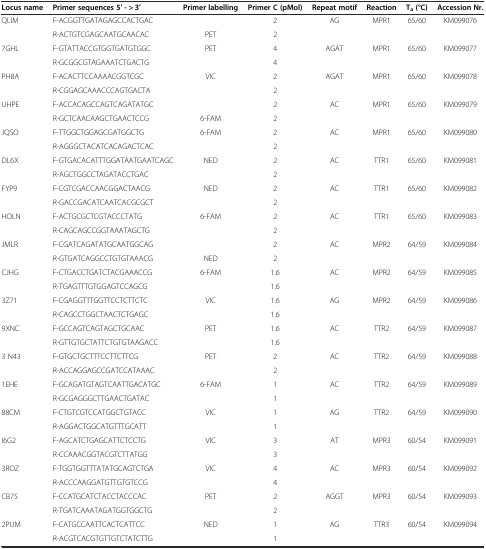
<table><thead><tr><td><b>Locus name</b></td><td><b>Primer sequences 5′ - &gt; 3′</b></td><td><b>Primer labelling</b></td><td><b>Primer C (pMol)</b></td><td><b>Repeat motif</b></td><td><b>Reaction</b></td><td><b>T<sub>a</sub>(°C)</b></td><td><b>Accession Nr.</b></td></tr></thead><tbody><tr><td>QLIM</td><td>F-ACGGTTGATAGAGCCACTGAC</td><td></td><td>2</td><td>AG</td><td>MPR1</td><td>65/60</td><td>KM099076</td></tr><tr><td></td><td>R-ACTGTCGAGCAATGCAACAC</td><td>PET</td><td>2</td><td></td><td></td><td></td><td></td></tr><tr><td>7GHL</td><td>F-GTATTACCGTGGTGATGTGGC</td><td>PET</td><td>4</td><td>AGAT</td><td>MPR1</td><td>65/60</td><td>KM099077</td></tr><tr><td></td><td>R-GCGGCGTAGAAATCTGACTG</td><td></td><td>4</td><td></td><td></td><td></td><td></td></tr><tr><td>PH8A</td><td>F-ACACTTCCAAAACGGTCGC</td><td>VIC</td><td>2</td><td>AGAT</td><td>MPR1</td><td>65/60</td><td>KM099078</td></tr><tr><td></td><td>R-CGGAGCAAACCCAGTGACTA</td><td></td><td>2</td><td></td><td></td><td></td><td></td></tr><tr><td>UHPE</td><td>F-ACCACAGCCAGTCAGATATGC</td><td></td><td>2</td><td>AC</td><td>MPR1</td><td>65/60</td><td>KM099079</td></tr><tr><td></td><td>R-GCTCAACAAGCTGAACTCCG</td><td>6-FAM</td><td>2</td><td></td><td></td><td></td><td></td></tr><tr><td>JQSO</td><td>F-TTGGCTGGAGCGATGGCTG</td><td>6-FAM</td><td>2</td><td>AC</td><td>MPR1</td><td>65/60</td><td>KM099080</td></tr><tr><td></td><td>R-AGGGCTACATCACAGACTCAC</td><td></td><td>2</td><td></td><td></td><td></td><td></td></tr><tr><td>DL6X</td><td>F-GTGACACATTTGGATAATGAATCAGC</td><td>NED</td><td>2</td><td>AC</td><td>TTR1</td><td>65/60</td><td>KM099081</td></tr><tr><td></td><td>R-AGCTGGCCTAGATACCTGAC</td><td></td><td>2</td><td></td><td></td><td></td><td></td></tr><tr><td>FYP9</td><td>F-CGTCGACCAACGGACTAACG</td><td>NED</td><td>2</td><td>AC</td><td>TTR1</td><td>65/60</td><td>KM099082</td></tr><tr><td></td><td>R-GACCGACATCAATCACGCGCT</td><td></td><td>2</td><td></td><td></td><td></td><td></td></tr><tr><td>HOLN</td><td>F-ACTGCGCTCGTACCCTATG</td><td>6-FAM</td><td>2</td><td>AC</td><td>TTR1</td><td>65/60</td><td>KM099083</td></tr><tr><td></td><td>R-CAGCAGCCGGTAAATAGCTG</td><td></td><td>2</td><td></td><td></td><td></td><td></td></tr><tr><td>JMLR</td><td>F-CGATCAGATATGCAATGGCAG</td><td></td><td>2</td><td>AC</td><td>MPR2</td><td>64/59</td><td>KM099084</td></tr><tr><td></td><td>R-GTGATCAGGCCTGTGTAAACG</td><td>NED</td><td>2</td><td></td><td></td><td></td><td></td></tr><tr><td>CJHG</td><td>F-CTGACCTGATCTACGAAACCG</td><td>6-FAM</td><td>1.6</td><td>AC</td><td>MPR2</td><td>64/59</td><td>KM099085</td></tr><tr><td></td><td>R-TGAGTTTGTGGAGTCCAGCG</td><td></td><td>1.6</td><td></td><td></td><td></td><td></td></tr><tr><td>3Z71</td><td>F-CGAGGTTTGGTTCCTCTTCTC</td><td>VIC</td><td>1.6</td><td>AG</td><td>MPR2</td><td>64/59</td><td>KM099086</td></tr><tr><td></td><td>R-CAGCCTGGCTAACTCTGAGC</td><td></td><td>1.6</td><td></td><td></td><td></td><td></td></tr><tr><td>9XNC</td><td>F-GCCAGTCAGTAGCTGCAAC</td><td>PET</td><td>1.6</td><td>AC</td><td>TTR2</td><td>64/59</td><td>KM099087</td></tr><tr><td></td><td>R-GTTGTGCTATTCTGTGTAAGACC</td><td></td><td>1.6</td><td></td><td></td><td></td><td></td></tr><tr><td>3 N43</td><td>F-GTGCTGCTTTCCTTCTTCG</td><td>PET</td><td>2</td><td>AC</td><td>TTR2</td><td>64/59</td><td>KM099088</td></tr><tr><td></td><td>R-ACCAGGAGCCGATCCATAAAC</td><td></td><td>2</td><td></td><td></td><td></td><td></td></tr><tr><td>1EHE</td><td>F-GCAGATGTAGTCAATTGACATGC</td><td>6-FAM</td><td>1</td><td>AC</td><td>TTR2</td><td>64/59</td><td>KM099089</td></tr><tr><td></td><td>R-GCGAGGGCTTGAACTGATAC</td><td></td><td>1</td><td></td><td></td><td></td><td></td></tr><tr><td>88CM</td><td>F-CTGTCGTCCATGGCTGTACC</td><td>VIC</td><td>1</td><td>AG</td><td>TTR2</td><td>64/59</td><td>KM099090</td></tr><tr><td></td><td>R-AGGACTGGCATGTTTGCATT</td><td></td><td>1</td><td></td><td></td><td></td><td></td></tr><tr><td>I6G2</td><td>F-AGCATCTGAGCATTCTCCTG</td><td>VIC</td><td>3</td><td>AT</td><td>MPR3</td><td>60/54</td><td>KM099091</td></tr><tr><td></td><td>R-CCAAACGGTACGTCTTATGG</td><td></td><td>3</td><td></td><td></td><td></td><td></td></tr><tr><td>3ROZ</td><td>F-TGGTGGTTTATATGCAGTCTGA</td><td>VIC</td><td>4</td><td>AC</td><td>MPR3</td><td>60/54</td><td>KM099092</td></tr><tr><td></td><td>R-ACCCAAGGATGTTGTGTCCG</td><td></td><td>4</td><td></td><td></td><td></td><td></td></tr><tr><td>CB75</td><td>F-CCATGCATCTACCTACCCAC</td><td>PET</td><td>2</td><td>AGGT</td><td>MPR3</td><td>60/54</td><td>KM099093</td></tr><tr><td></td><td>R-TGATCAAATAGATGGTGGCTG</td><td></td><td>2</td><td></td><td></td><td></td><td></td></tr><tr><td>2PUM</td><td>F-CATGCCAATTCACTCATTCC</td><td>NED</td><td>1</td><td>AG</td><td>TTR3</td><td>60/54</td><td>KM099094</td></tr><tr><td></td><td>R-ACGTCACGTGTTGTCTATCTTG</td><td></td><td>1</td><td></td><td></td><td></td><td></td></tr></tbody></table>